Leaving Certificate Examination, 1905
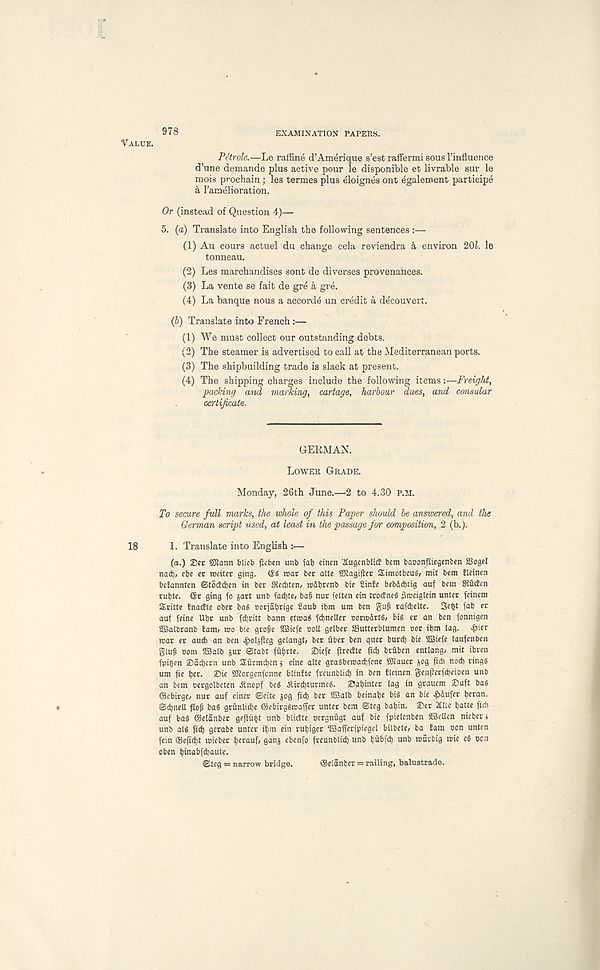
978
EXAMINATION PAPERS.
VALUE.
Parole.—Le raffine d’Amerique s’est raffermi sous 1’influence
d’une demande plus active pour le disponible et livrable sur le
mois prochain; les termes plus eloignes ont egalement participe
k ranielioration.
Or (instead of Question 4)—
5. (a) Translate into English the following sentences :—
(1) Au cours actuel du change cela reviendra k environ 20Z. le
tonneau.
(2) Les marchandises sont de diverses provenances.
(3) La vente se fait de gre a gre.
(4) La banque nous a accords un credit a decouvert.
(6) Translate into French:—
(1) We must collect our outstanding debts.
(2) The steamer is advertised to call at the Mediterranean ports.
(3) The shipbuilding trade is slack at present.
(4) The shipping charges include the following items:—Freight,
packing and marking, cartage, harbour dues, and consular
certificate.
GERMAN.
LOWER GRADE.
Monday, 26th June.—2 to 4.30 P.M.
To secure full marks, the whole of this Paper should be answered, and the
German script used, at least in the passage for composition, 2 (b.).
18
1. Translate into English :—
(o.) 23et SJlann blieb fhben unb fat) cinen 'tfugenbltcf bem baconfliegcnbcn SSogel
nad), cfye et roeiter ging.
roac bcr alte SRagifiet SimotbeuS, mit bem fleinen
befannten ©tocEdjen in ber Stecbten, mdtjrcnb bte Stnfe bebdcbtig auf bem SRucJen
rutte. (Sr ging fo gart unb fad)te, bafi nur fetten ein troctneS 3meigtein unter feinem
Sritte tnactte ober bag oorjatirige £aub tbm urn ben
rafdielte. Se^t fab er
auf feine Ubr unb fdbritt bann etxvai fdjnetler conudrtg, big er an ben fonnigen
SBalbranb tarn, mo bie groge SBiefe ootl gelber SSutterblumen oor ibm lag. £ier
mar er aud) an ben ^olgfteg gelangb ber uber ben quer burd) bte SBiefe laufenben
glufc com SBalb jur ©tabt fubrte. Siefe ftrectte fid) bruben entlang, mit ibven
fpi^en ©adjern unb Sitrmt^en j cine alte gragbemadjfene SJlauet gog ficb nod) ringg
urn fie btt. )Die SOlorgenfonne blinfte freunblid) in ben fleinen geniterfcbeiben unb
an bem cergolbeten ^nopf beg ^ird)turmeg. 2Jaf)inter lag in grauem ©uft bag
©ebirge/ nur auf einer ©cite gog fid) ber SBalb beinabe big an bie ^dufer tjeran.
@<bnell flop bag griinlidbe ©ebirggmaffer unter bem ©teg bal)in. 2)er 2Ute batte fid)
auf bag ©elanber geflu^t unb bticfte oergnugt auf bie fpielcnben SBellen nieberj
unb alg fid) gerabe unter ibm ein rubiger ‘ISafTerfpiegel bilbete, ba fam eon unten
fein ®eftd)t mieber bttauf/ Qang ebcnfo freunblicb unb buhf* unb murbig mte eg ccn
oben binabfdjaute.
©teg = narrow bridge.
®elanfcer = railing, balustrade.